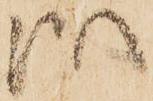
御